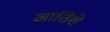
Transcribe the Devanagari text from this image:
आतिशे